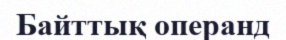
Байттық операнд